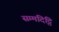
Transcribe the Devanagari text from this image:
सम्मदिट्ठि